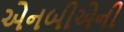
એનબીએની